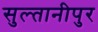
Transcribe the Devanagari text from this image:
सुल्तानीपुर